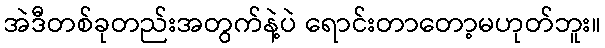
အဲဒီတစ်ခုတည်းအတွက်နဲ့ပဲ ရောင်းတာတော့မဟုတ်ဘူး။